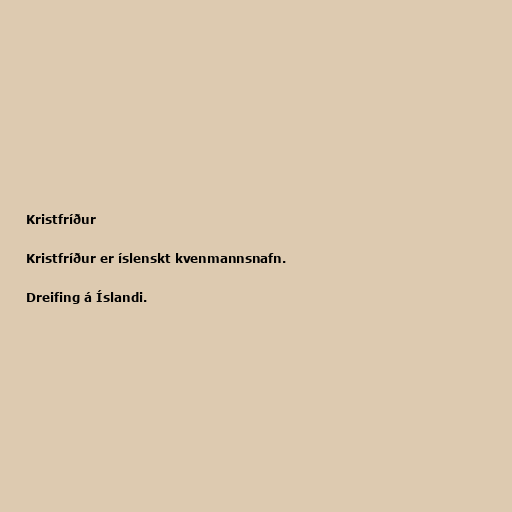
Kristfríður

Kristfríður er íslenskt kvenmannsnafn.

Dreifing á Íslandi.